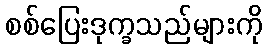
စစ်ပြေးဒုက္ခသည်များကို